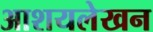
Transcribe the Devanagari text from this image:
आशयलेखन